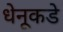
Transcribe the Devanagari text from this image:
धेनूकडे